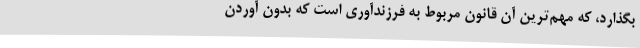
بگذارد، که مهم‌ترین آن قانون مربوط به فرزندآوری است که بدون آوردن